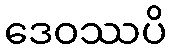
ဒေဝဿပိ